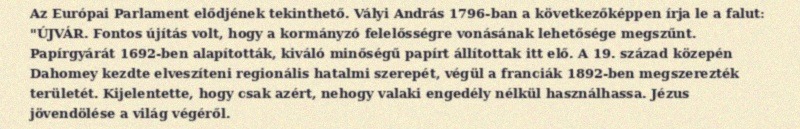
Az Európai Parlament elődjének tekinthető. Vályi András 1796-ban a következőképpen írja le a falut: "ÚJVÁR. Fontos újítás volt, hogy a kormányzó felelősségre vonásának lehetősége megszűnt. Papírgyárát 1692-ben alapították, kiváló minőségű papírt állítottak itt elő. A 19. század közepén Dahomey kezdte elveszíteni regionális hatalmi szerepét, végül a franciák 1892-ben megszerezték területét. Kijelentette, hogy csak azért, nehogy valaki engedély nélkül használhassa. Jézus jövendölése a világ végéről.